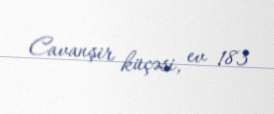
Cavanşir küçəsi, ev 183